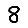
Digit: 8